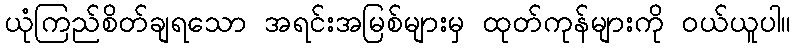
ယုံကြည်စိတ်ချရသော အရင်းအမြစ်များမှ ထုတ်ကုန်များကို ဝယ်ယူပါ။